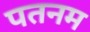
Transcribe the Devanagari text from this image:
पतनम